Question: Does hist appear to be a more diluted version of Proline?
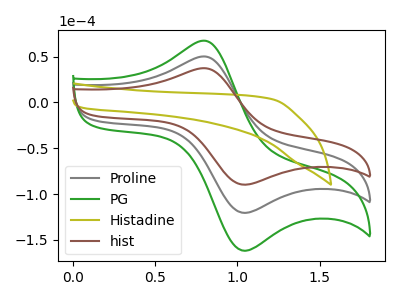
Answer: <think>The gray curve "Proline" has an anodic peak at (0.80V, 49.95uA) and a cathodic peak at (1.05V, -120.50uA). The green curve "PG" has an anodic peak at (0.80V, 99.95uA) and a cathodic peak at (1.05V, -241.00uA). The olive curve "Histadine" has no peaks. The brown curve "hist" has an anodic peak at (0.80V, 37.20uA) and a cathodic peak at (1.05V, -89.75uA).
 All the peaks in "hist" have a peak in "Proline" at the same potential. Every peak in "hist" is lower than every peak in "Proline".</think>
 <answer>"hist" has less signal than "Proline" and so likely has a lower concentration.</answer>
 <eval>less_concentration</eval>